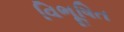
વિભૂષિત